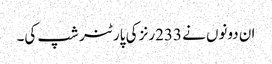
ان دونوں نے 233رنز کی پارٹنر شپ کی۔